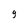
Character: g